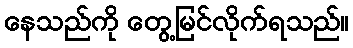
နေသည်ကို တွေ့မြင်လိုက်ရသည်။